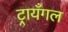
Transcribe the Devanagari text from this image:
ट्रायँगल